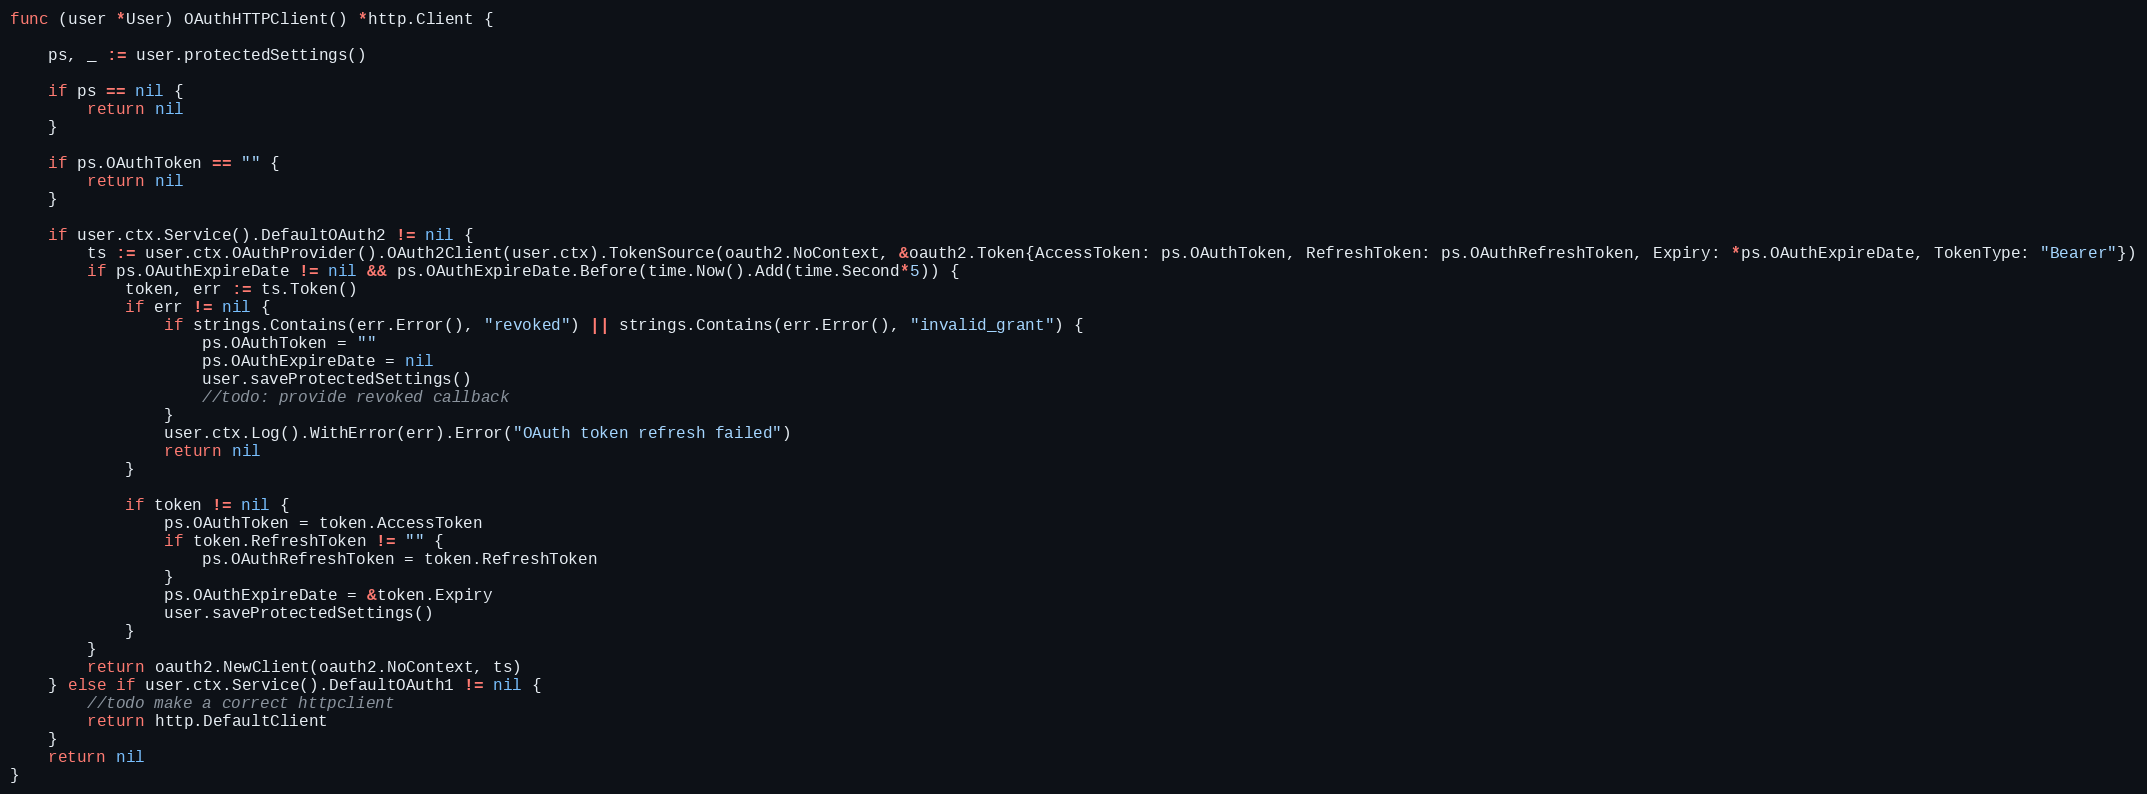
Language: Go
func (user *User) OAuthHTTPClient() *http.Client {

	ps, _ := user.protectedSettings()

	if ps == nil {
		return nil
	}

	if ps.OAuthToken == "" {
		return nil
	}

	if user.ctx.Service().DefaultOAuth2 != nil {
		ts := user.ctx.OAuthProvider().OAuth2Client(user.ctx).TokenSource(oauth2.NoContext, &oauth2.Token{AccessToken: ps.OAuthToken, RefreshToken: ps.OAuthRefreshToken, Expiry: *ps.OAuthExpireDate, TokenType: "Bearer"})
		if ps.OAuthExpireDate != nil && ps.OAuthExpireDate.Before(time.Now().Add(time.Second*5)) {
			token, err := ts.Token()
			if err != nil {
				if strings.Contains(err.Error(), "revoked") || strings.Contains(err.Error(), "invalid_grant") {
					ps.OAuthToken = ""
					ps.OAuthExpireDate = nil
					user.saveProtectedSettings()
					//todo: provide revoked callback
				}
				user.ctx.Log().WithError(err).Error("OAuth token refresh failed")
				return nil
			}

			if token != nil {
				ps.OAuthToken = token.AccessToken
				if token.RefreshToken != "" {
					ps.OAuthRefreshToken = token.RefreshToken
				}
				ps.OAuthExpireDate = &token.Expiry
				user.saveProtectedSettings()
			}
		}
		return oauth2.NewClient(oauth2.NoContext, ts)
	} else if user.ctx.Service().DefaultOAuth1 != nil {
		//todo make a correct httpclient
		return http.DefaultClient
	}
	return nil
}